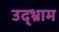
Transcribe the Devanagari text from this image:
उद्भ्राम